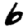
Digit: 6